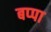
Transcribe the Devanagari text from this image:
बप्‍पा